Civil Veterinary Dept. Assam report 1927-50 - 1927-1950
Year: 1927
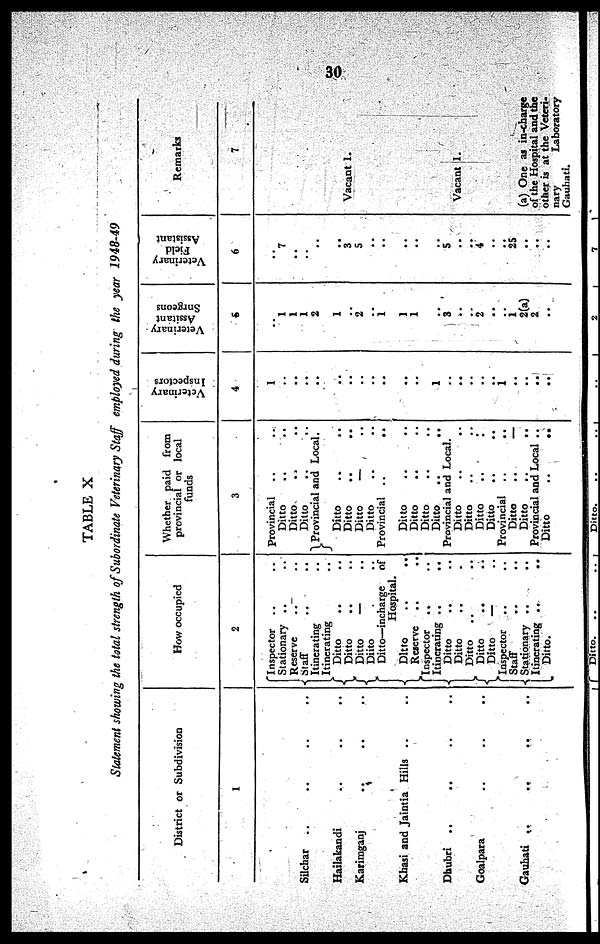
30
TABLE X
Statement showing the total strength of Subordinate Veterinary Staff employed during the year 1948-49
District or Subdivision
1
Silchar .. .. .. ..
Hailakandi .. .. ..
Karimganj .. .. ..
Khasi and Jaintia Hills .. ..
Dhubri .. .. .. ..
Goalpara .. .. ..
Gauhati .. .. .. ..
How occupied
2
Inspector .. ..
Stationary .. ..
Reserve .. ..
Staff .. ..
Itinerating ..
Itinerating ..
Ditto .. ..
Ditto .. ..
Ditto
— ..
Diito . ..
Ditto—incharge
of
Hospital.
Ditto .. ..
Reserve .. ..
Inspector
.. ..
Itinerating .. ..
Ditto .. ..
Ditto .. ..
Ditto .. ..
Ditto .. ..
Ditto
— ..
Inspector .. ..
Staff .. ..
Stationary .. ..
Itinerating ..
..
Ditto.
Whether paid from
provincial or local
funds
3
Provincial .. ..
Ditto .. ..
Ditto .. ..
Ditto .. ..
Provincial and Local.
Ditto .. ..
Ditto .. ..
Ditto
— ..
Ditto .. ..
Provincial ..
..
Ditto ..
Ditto .. ..
Ditto .. ..
Ditto .. ..
Provincial and Local.
Ditto .. ..
Ditto .. ..
Ditto
..
:
Ditto .. ..
Provincial .. ..
Ditto
..
—
Ditto .. ..
Provincial and Local ..
Ditto
..
..
Veterinary
Inspectors
4
1
..
..
..
..
..
..
..
..
..
..
..
..
1
..
..
..
..
..
1
..
..
..
..
Veterinary
Assitant
Surgeons
5
..
..
..
..
2
..
..
..
..
..
..
..
..
..
..
..
..
..
..
1
2(a)
2
..
Veterinary
Field
Assistant
6
..
7
..
..
..
..
3
5
..
..
..
..
..
..
..
..
..
4
..
..
25
..
..
..
Remarks
7
Vacant 1.
Vacant 1.
(a) One as in-charge
of the Hospital and the
other is at the Veteri-
nary
Laboratory
Gauhati.